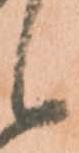
候